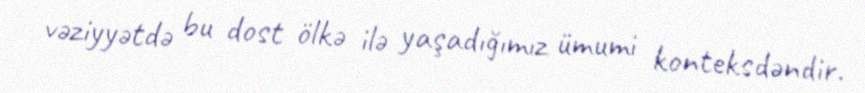
vəziyyətdə bu dost ölkə ilə yaşadığımız ümumi konteksdəndir.